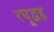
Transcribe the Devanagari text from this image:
रघूद्वह